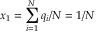
x _ { 1 } = \sum _ { i = 1 } ^ { N } q _ { i } / N = 1 / N